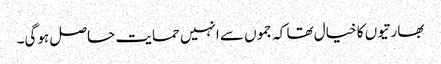
بھارتیوں کا خیال تھا کہ جموں سے انہیں حمایت حاصل ہوگی۔